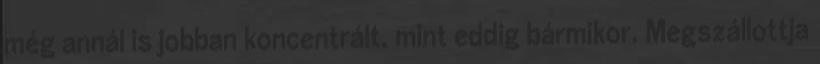
még annál is jobban koncentrált, mint eddig bármikor. Megszállottja